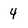
Character: 4